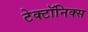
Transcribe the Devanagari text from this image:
टेक्टॉनिक्स